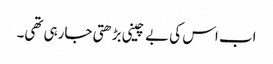
اب اس کی بے چینی بڑھتی جارہی تھی۔